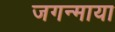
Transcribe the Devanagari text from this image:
जगन्माया